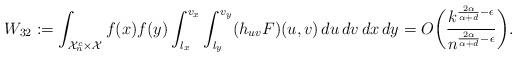
LaTeX: \begin{align*}W_{32}:=\int_{\mathcal{X}_n^c \times \mathcal{X}} f(x)f(y) \int_{l_x}^{v_x} \int_{l_y}^{v_y} (h_{uv}F)(u,v) \,du \,dv \,dx \,dy =O\biggl( \frac{k^{\frac{2\alpha}{\alpha+d} - \epsilon}}{n^{\frac{2\alpha}{\alpha+d} - \epsilon}} \biggr).\end{align*}